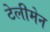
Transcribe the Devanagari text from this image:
टेलीमेन